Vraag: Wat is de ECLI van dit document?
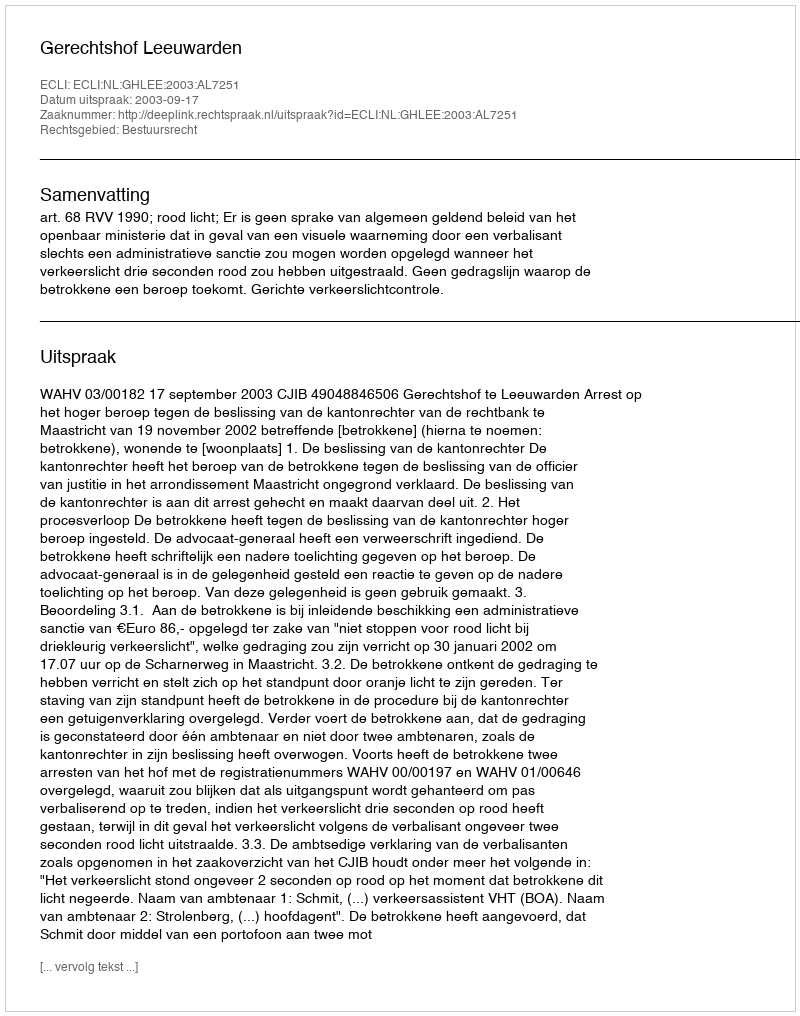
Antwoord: ECLI:NL:GHLEE:2003:AL7251